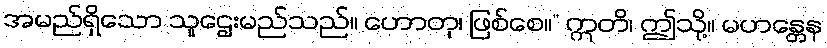
အမည်ရှိသော သူဌေးမည်သည်။ ဟောတု၊ ဖြစ်စေ။” ဣတိ၊ ဤသို့။ မဟန္တေန